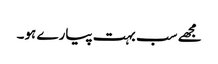
مجھے سب بہت پیارے ہو۔